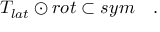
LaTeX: T _ { l a t } \odot r o t \subset s y m \quad .